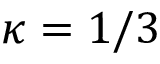
\kappa = 1 / 3